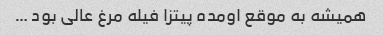
همیشه به موقع اومده پیتزا فیله مرغ عالی بود …